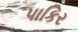
પાકિર